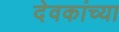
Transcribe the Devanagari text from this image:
देवकांच्या